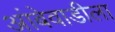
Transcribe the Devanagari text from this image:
आंबेवाडीला